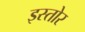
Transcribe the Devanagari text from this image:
इस्तोर